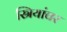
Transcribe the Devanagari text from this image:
स्रियांवर